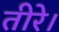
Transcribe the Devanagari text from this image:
तीरे।